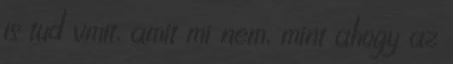
is tud vmit, amit mi nem, mint ahogy az